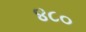
૪૮૦